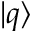
| q \rangle